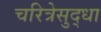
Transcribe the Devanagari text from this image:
चरित्रेसुद्धा